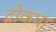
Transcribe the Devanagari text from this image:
द्रोकपा